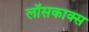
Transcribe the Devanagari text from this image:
लॉसकाक्स